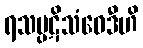
ရသပ္ပဋိသံဝေဒီဟိ